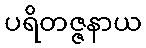
ပရိတဇ္ဇနာယ